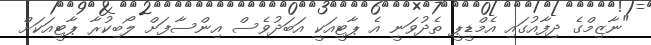
"ނާޒިމްގެ ދިފާއުގައި އެމްޑީޕީ ތެދުވަނީ އެ ޕާޓީއަކީ އަބަދުވެސް އިންސާފަށް ލޯބިކުރާ ޕާޓީއަކަށް